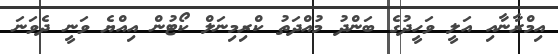
އިމްރާނާއި އަލީ ވަހީދުގެ ބަންދު މުއްދަތު ކްރިމިނަލް ކޯޓުން އިއްޔެ ވަނީ ދެވަނަ